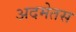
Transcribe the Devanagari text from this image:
अदमेतस